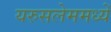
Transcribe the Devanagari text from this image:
यरुसलेममध्यें